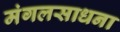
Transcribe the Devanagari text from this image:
मंगलसाधना